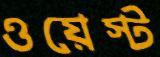
ওয়েস্ট